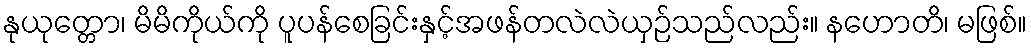
နုယုတ္တော၊ မိမိကိုယ်ကို ပူပန်စေခြင်းနှင့်အဖန်တလဲလဲယှဉ်သည်လည်း။ နဟောတိ၊ မဖြစ်။